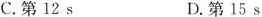
C.第12 s D.第15 s